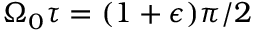
\Omega _ { 0 } \tau = ( 1 + \epsilon ) \pi / 2